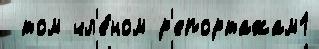
 том чл'е́ном р'епортажам1